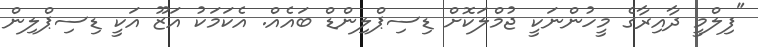
"ފިލްމީ ދާއިރާގެ މީހުންނަކީ ޖުމްލަކޮށް ޑިސިޕްލިންޑް ބައެއް. އެކަމަކު އަޒޫ އަކީ ޑިސިޕްލިން